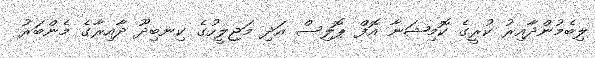
ލިބެމުންދާއިރު ކުރީގެ ކޮމިޝަނާ އޮފް ޕޮލިސް އަދި މަޖިލީހުގެ ކިނބިދޫ ދާއިރާގެ މެންބަރު